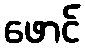
ဖောင်